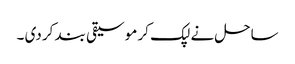
ساحل نے لپک کر موسیقی بند کر دی ۔